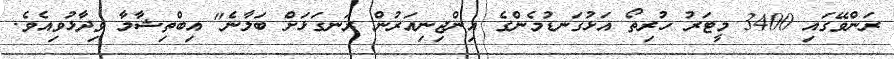
ރަންވޭގައި 3400 މީޓަރު ހުރިތޯ އަޅުގަނޑުމެންގެ އިންޖިނިއަރުން ރަނގަޅަށް ބަލާނެ" އިބްތިޝާމާ ވިދާޅުވިއެވެ.